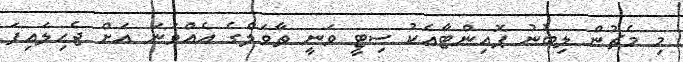
މި މެޗުން ލިބުނު ޕޮއިންޓާއެކު ސިޓީ ވަނީ ތާވަލްގެ އެއްވަނަ އަށް ޖެހިލައިފަ